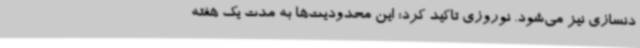
دنسازی نیز می‌شود. نوروزی تاکید کرد: این محدودیت‌ها به مدت یک هفته